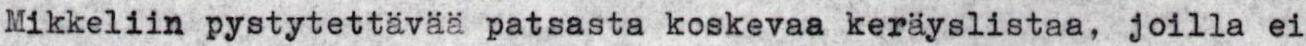
Mikkeliin pystytettävää patsasta koskevaa keräyslistaa, joilla ei